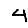
Digit: 4